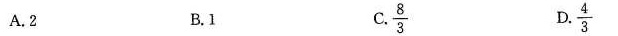
A.2 B.1 C.$$\frac{8}{3}$$ D.$$\frac{4}{3}$$